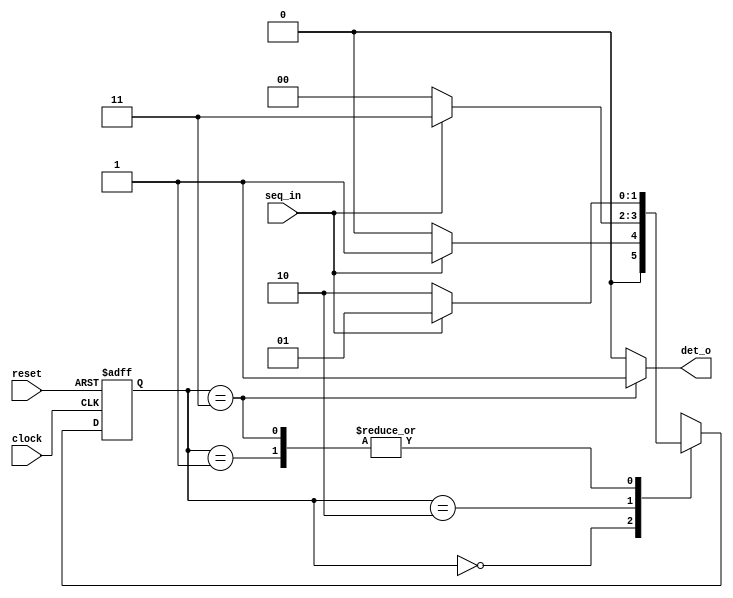
/********************************************************************************************

Filename    :	   seq_det.v   

Description :      Sequence detector detecting "101"

Author Name :      Lakshmi Ummidi

Version     :      1.0
*********************************************************************************************/

module seq_det(seq_in, clock, reset, det_o);
								 
	//Step1 : Declare the states as parameter "IDLE","STATE1","STATE2","STATE3"
	parameter IDLE   = 2'b00, STATE1 = 2'b01, STATE2 = 2'b10, STATE3 = 2'b11;

	//Step2 : Write down the ports direction
	input seq_in,clock,reset;
	output det_o;

	//Internal registers
	reg [1:0]state,next_state;

	//Step3 : Write down the sequential logic for present state with active high asychronous reset
	always@(posedge clock,posedge reset)
		begin
			if(reset)
				state <= IDLE;
			else
				state <= next_state;
		end
			
	//Understand the combinational logic for next state
	always@(state,seq_in)
		begin
			case(state)
				IDLE: 
					if(seq_in==1) 
						next_state=STATE1;
					else
						next_state=IDLE;
				STATE1: 
					if(seq_in==0)
						next_state=STATE2;
					else
						next_state=STATE1;
				STATE2:
					if(seq_in==1)
						next_state=STATE3;
					else 
						next_state=IDLE;
				STATE3: 
					if(seq_in==1)
						next_state=STATE1;
					else 
						next_state=STATE2;
			default: 
                next_state=IDLE;
			endcase
		end

	//Step4 : Write down the logic for Moore output det_o
	assign det_o = (state ==  STATE3) ? 1'b1:1'b0;
endmodule